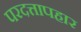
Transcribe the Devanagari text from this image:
परदत्तापहार